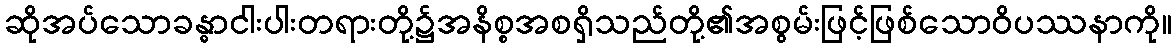
ဆိုအပ်သောခန္ဓာငါးပါးတရားတို့၌အနိစ္စအစရှိသည်တို့၏အစွမ်းဖြင့်ဖြစ်သောဝိပဿနာကို။